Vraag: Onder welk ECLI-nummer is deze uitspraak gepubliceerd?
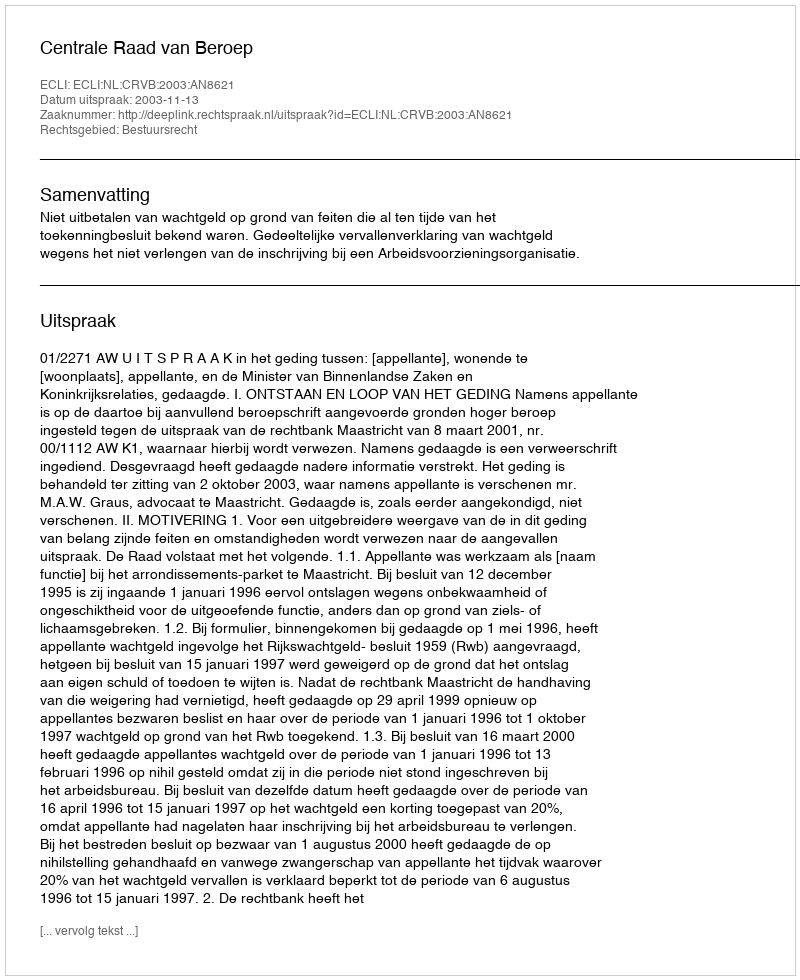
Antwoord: ECLI:NL:CRVB:2003:AN8621